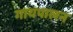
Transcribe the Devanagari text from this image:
गायपालन